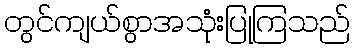
တွင်ကျယ်စွာအသုံးပြုကြသည်